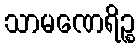
သာမဏေရိဉ္စ